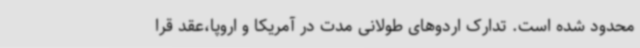
محدود شده است. تدارک اردوهای طولانی مدت در آمریکا و اروپا،عقد قرا